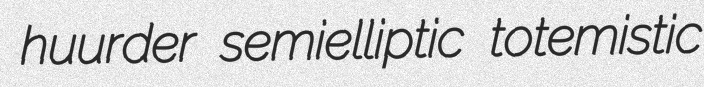
huurder semielliptic totemistic